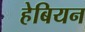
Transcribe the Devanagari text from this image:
हेबियन